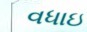
વધાઇ